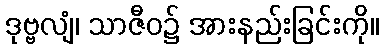
ဒုဗ္ဗလျံ၊ သာဇီဝ၌ အားနည်းခြင်းကို။